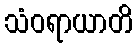
သံဝရာယာတိ